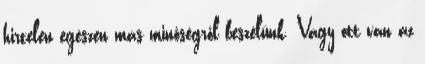
hirtelen egészen más minőségről beszélünk. Vagy ott van az